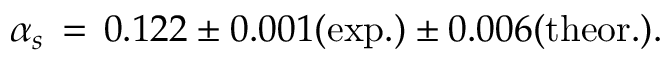
\alpha _ { s } \, = \, 0 . 1 2 2 \pm 0 . 0 0 1 ( \mathrm { e x p . } ) \pm 0 . 0 0 6 ( \mathrm { t h e o r . } ) .